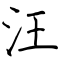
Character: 汪